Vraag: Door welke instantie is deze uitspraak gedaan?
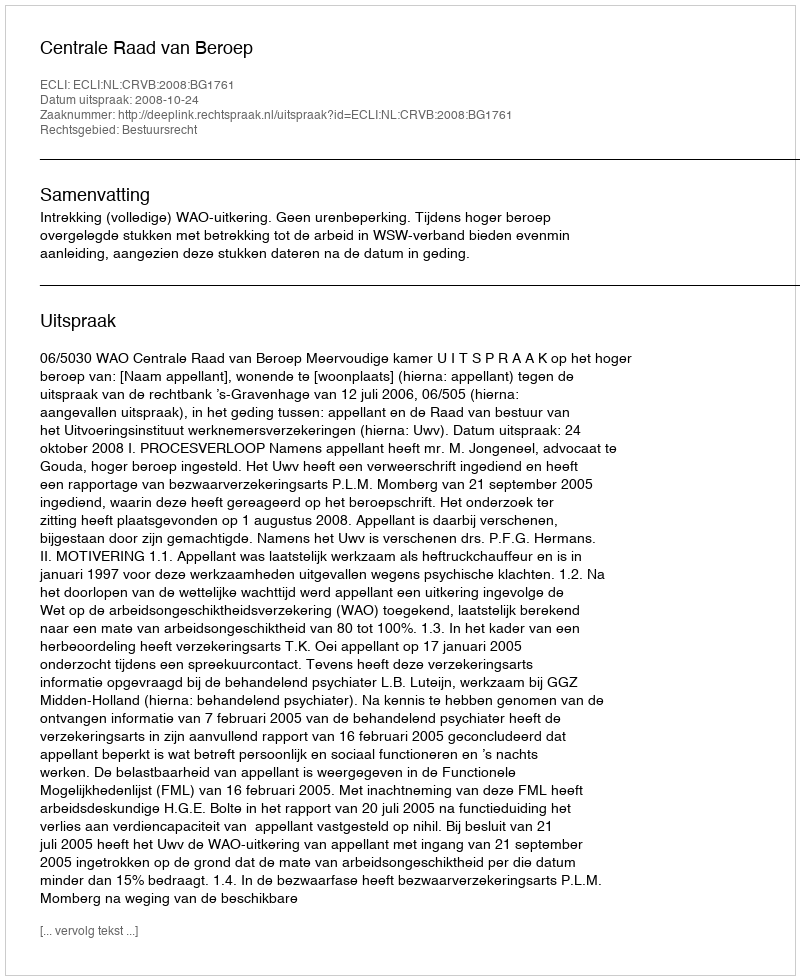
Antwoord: Centrale Raad van Beroep